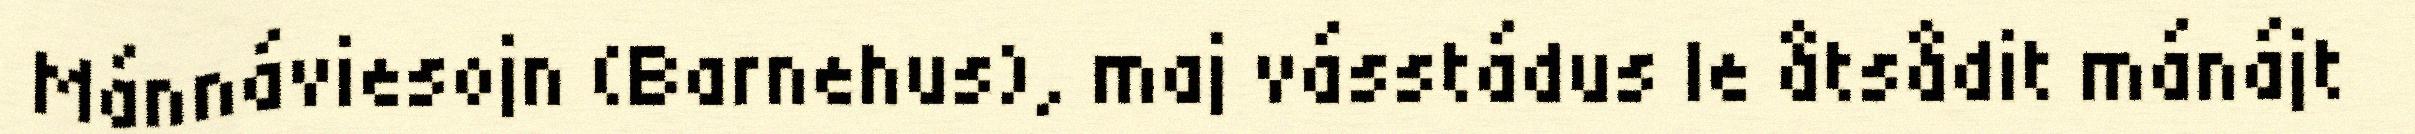
Mánnáviesojn (Barnehus), maj vásstádus le åtsådit mánájt